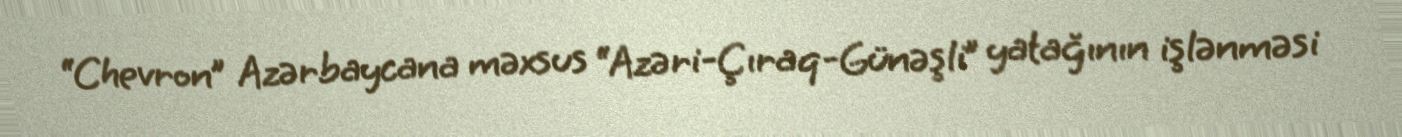
“Chevron” Azərbaycana məxsus “Azəri-Çıraq-Günəşli” yatağının işlənməsi